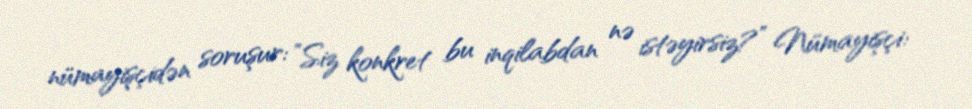
nümayişçidən soruşur: ”Siz konkret bu inqilabdan nə istəyirsiz?” Nümayişçi: